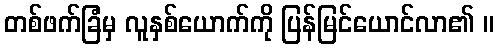
တစ်ဖက်ခြံမှ လူနှစ်ယောက်ကို ပြန်မြင်ယောင်လာ၏ ။